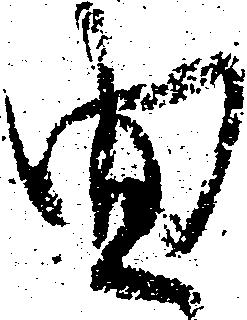
曲